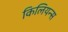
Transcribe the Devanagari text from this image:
किलियन्स